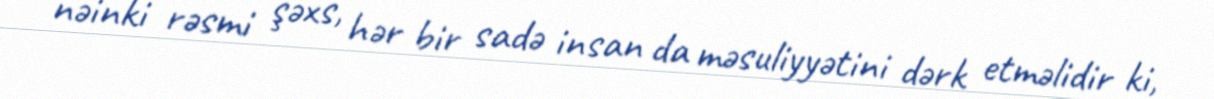
nəinki rəsmi şəxs, hər bir sadə insan da məsuliyyətini dərk etməlidir ki,